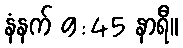
နံနက် 9:45 နာရီ။